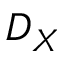
D _ { X }